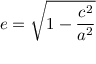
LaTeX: e = { \sqrt { 1 - { \frac { c ^ { 2 } } { a ^ { 2 } } } } }